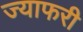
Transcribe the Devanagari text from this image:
ज्याफरी